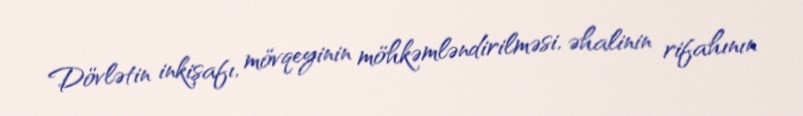
Dövlətin inkişafı, mövqeyinin möhkəmləndirilməsi, əhalinin rifahının